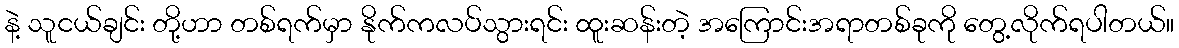
နဲ့ သူငယ်ချင်း တို့ဟာ တစ်ရက်မှာ နိုက်ကလပ်သွားရင်း ထူးဆန်းတဲ့ အကြောင်းအရာတစ်ခုကို တွေ့လိုက်ရပါတယ်။